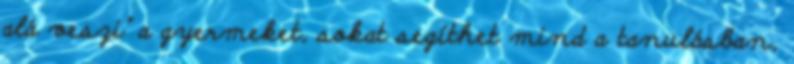
alá veszi" a gyermeket, sokat segíthet mind a tanulásban,